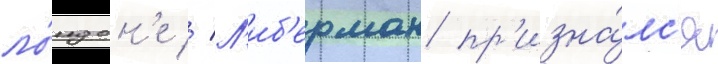
ло́ндон'е // Л'иб'ерман пр'изна́лс'я